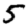
Digit: 5